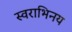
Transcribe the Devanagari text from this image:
स्वराभिनय